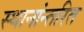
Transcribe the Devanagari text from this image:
स्थानांन्तरित